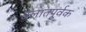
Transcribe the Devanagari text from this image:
बलातपूर्वक